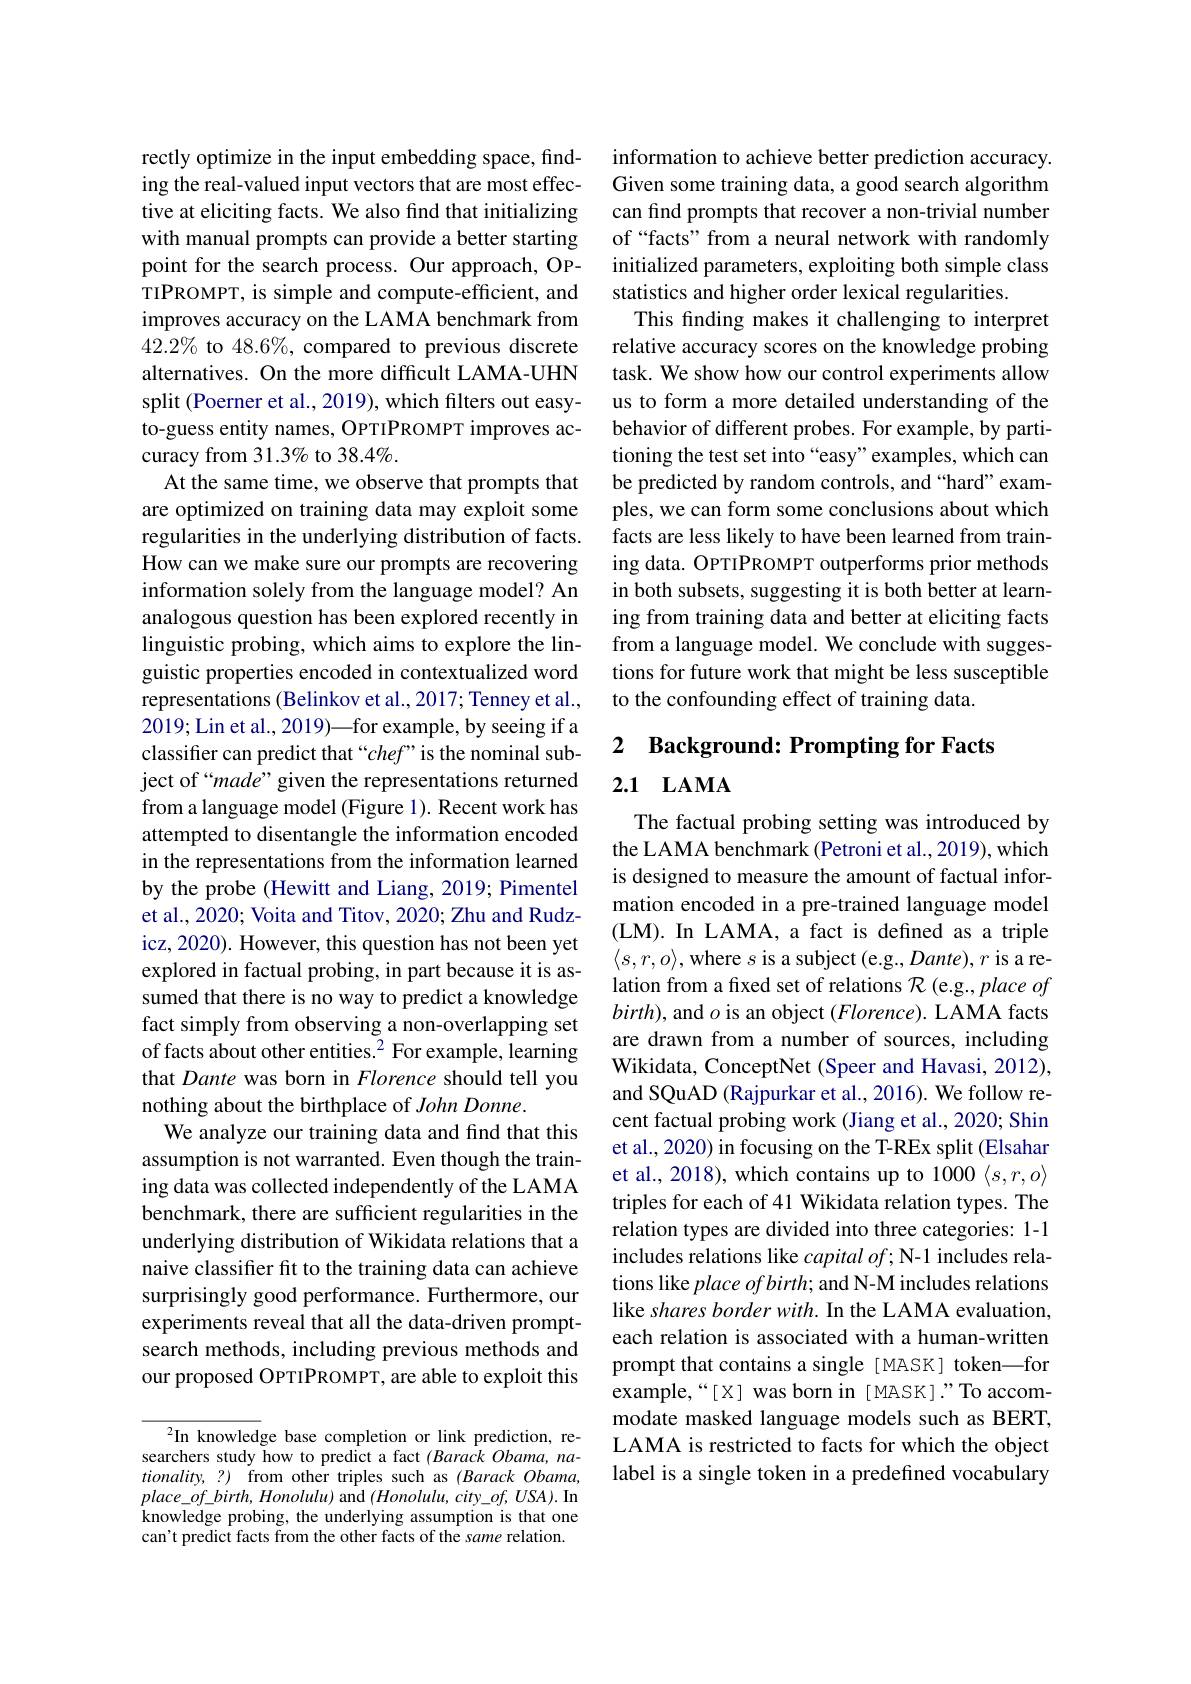
rectly optimize in the input embedding space, finding the real-valued input vectors that are most effective at eliciting facts. We also find that initializing with manual prompts can provide a better starting point for the search process. Our approach, OPTIPROMPT, is simple and compute-efficient, and improves accuracy on the LAMA benchmark from $42.2\%$ to $48.6\%$, compared to previous discrete alternatives. On the more difficult LAMA-UHN split (Poerner et al., 2019), which filters out easyto-guess entity names, OPTIPROMPT improves accuracy from 31.3% to 38.4%.
At the same time, we observe that prompts that are optimized on training data may exploit some regularities in the underlying distribution of facts. How can we make sure our prompts are recovering information solely from the language model? An analogous question has been explored recently in linguistic probing, which aims to explore the linguistic properties encoded in contextualized word representations (Belinkov et al.,2017; Tenney et al., 2019; Lin et al., 2019)—for example, by seeing if a classifer can predict that “chef”is the nominal subject of“made” given the representations returned from a language model (Figure 1). Recent work has attempted to disentangle the information encoded in the representations from the information learned by the probe (Hewitt and Liang, 2019; Pimentel et al., 2020; Voita and Titov, 2020; Zhu and Rudzicz, 2020). However, this question has not been yet explored in factual probing, in part because it is assumed that there is no way to predict a knowledge fact simply from observing a non-overlapping set of facts about other entities.$^2$ For example, learning that Dante was born in Florence should tell you nothing about the birthplace of John Donne.
We analyze our training data and find that this assumption is not warranted. Even though the training data was collected independently of the LAMA benchmark, there are sufficient regularities in the underlying distribution of Wikidata relations that a naive classifier fit to the training data can achieve surprisingly good performance. Furthermore, our experiments reveal that all the data-driven promptsearch methods, including previous methods and our proposed OPTIPROMPT, are able to exploit this

$^{2}$In knowledge base completion or link prediction, researchers study how to predict a fact $( Barack\textit{Obama, na- })$ $tionality, ? )$ from other triples such as $( Barack\textit{Obama, }$ $place\_of\_birth,Honolulu)$ and $(Honolulu,city\_of,USA).$In knowledge probing, the underlying assumption is that one can't predict facts from the other facts of the same relation.

information to achieve better prediction accuracy. Given some training data, a good search algorithm can find prompts that recover a non-trivial number of“facts” from a neural network with randomly initialized parameters, exploiting both simple class statistics and higher order lexical regularities
This finding makes it challenging to interpret relative accuracy scores on the knowledge probing task. We show how our control experiments allow us to form a more detailed understanding of the behavior of different probes. For example, by partitioning the test set into “easy”examples, which can be predicted by random controls, and “hard”examples, we can form some conclusions about which facts are less likely to have been learned from training data. OPTIPROMPT outperforms prior methods in both subsets, suggesting it is both better at learning from training data and better at eliciting facts from a language model. We conclude with suggestions for future work that might be less susceptible to the confounding effect of training data.

# 2 Background: Prompting for Facts

## 2.1 $\mathbf{LAMA}$

The factual probing setting was introduced by the LAMA benchmark (Petroni et al., 2019), which is designed to measure the amount of factual information encoded in a pre-trained language model (LM). In LAMA, a fact is defined as a triple $\langle s,r,o\rangle$,where $s$ is a subject (e.g., Dante), r{ is a relation from a from a fxed set of relations $\mathcal{R}$ (e.g., place of $birth)$, and $o$ is an object $(Florence).$ LAMA facts are drawn from a number of sources, including Wikidata, ConceptNet (Speer and Havasi, 2012), and SQuAD (Rajpurkar et al., 2016). We follow recent factual probing work (Jiang et al., 2020; Shin et al., 2020) in focusing on the T-REx split (Elsahar et al., 2018), which contains up to 1000 $\langle s,r,o\rangle$ triples for each of 41 Wikidata relation types. The relation types are divided into three categories: 1-1 includes relations like $capitalof;$ N-1 includes relations like $place\textit{ofbirth; and N- M includes relations}$ like shares border with. In the LAMA evaluation, each relation is associated with a human-written prompt that contains a single [ MASK] token—for example,“[X] was born in [MASK].”To accommodate masked language models such as BERT, LAMA is restricted to facts for which the object label is a single token in a predefined vocabulary